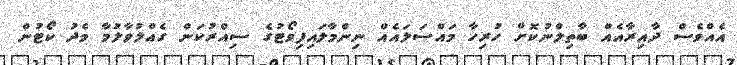
އެއްވެސް ދާއިރާއެއް ބާތިލްނުކޮށް ހުރިހާ މައްސަލައެއް ނިންމާލައިފިވޯޓުގެ ސިއްރުކަން ގެއްލުވާލުމާ މެދު ކޯޓުން